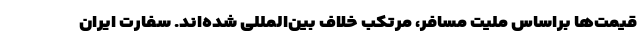
قیمت‌ها براساس ملیت مسافر، مرتکب خلاف بین‌المللی شده‌اند. سفارت ایران